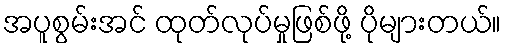
အပူစွမ်းအင် ထုတ်လုပ်မှုဖြစ်ဖို့ ပိုများတယ်။